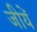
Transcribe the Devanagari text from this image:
जीयें